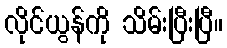
လိုင်ယွန်ကို သိမ်းပြီးပြီ။